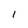
Character: l